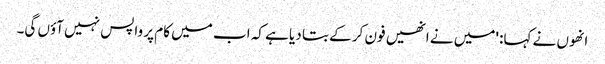
انھوں نے کہا: 'میں نے انھیں فون کر کے بتا دیا ہے کہ اب میں کام پر واپس نہیں آؤں گی۔